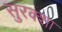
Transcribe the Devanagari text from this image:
सुरक्शा